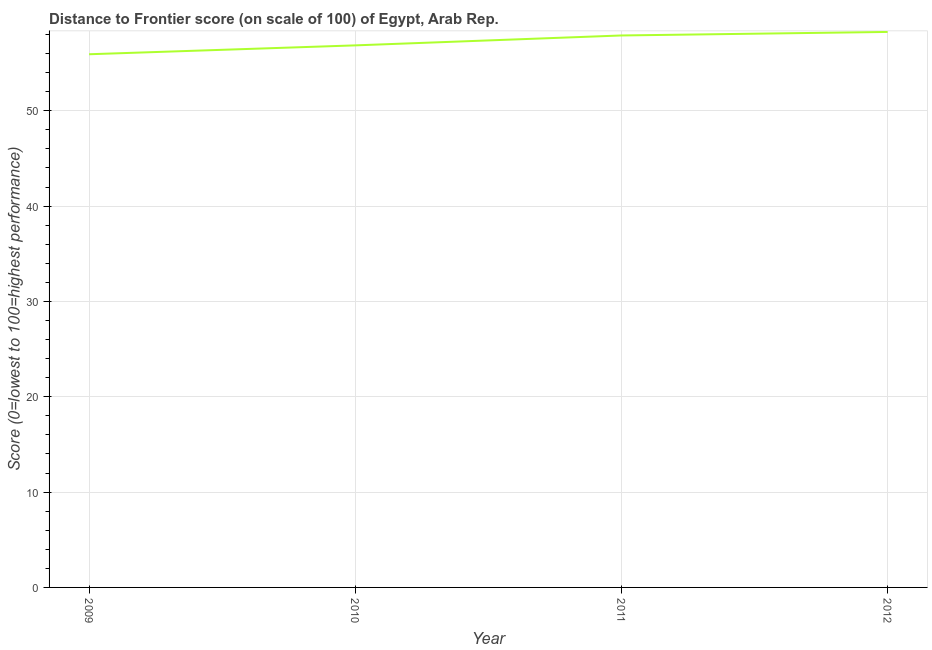
| Year | Distance to frontier score |
 | --- | --- |
 | 2009 | 55.9 |
 | 2010 | 56.9 |
 | 2011 | 57.9 |
 | 2012 | 58.3 |